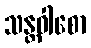
သန္တဝါစော